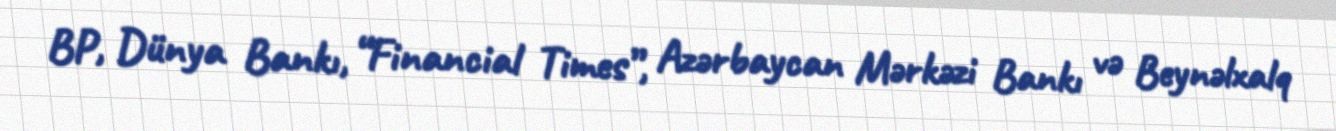
BP, Dünya Bankı, “Financial Times”, Azərbaycan Mərkəzi Bankı və Beynəlxalq